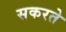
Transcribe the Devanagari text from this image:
सकरते